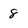
Character: 8